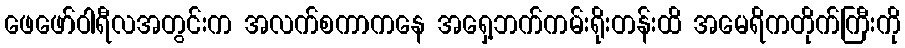
ဖေဖော်ဝါရီလအတွင်းက အလက်စကာကနေ အရှေ့ဘက်ကမ်းရိုးတန်းထိ အမေရိကတိုက်ကြီးကို